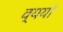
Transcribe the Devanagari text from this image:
व्ययॉ